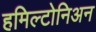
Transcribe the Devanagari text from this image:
हमिल्टोनिअन